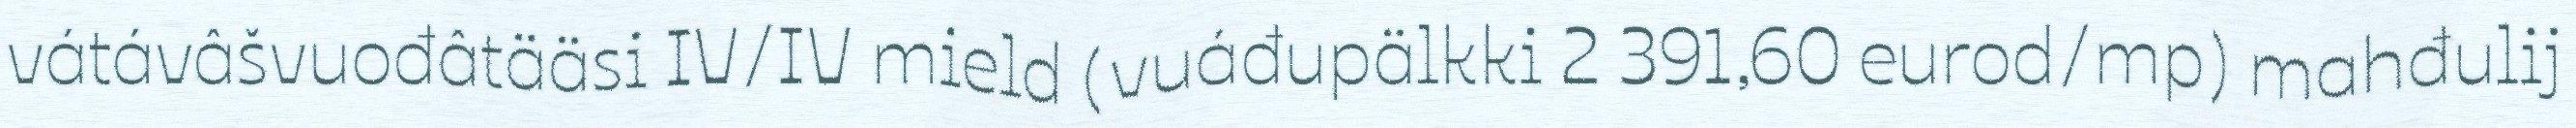
vátávâšvuođâtääsi IV/IV mield (vuáđupälkki 2 391,60 eurod/mp) mahđulij